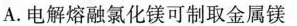
A.电解熔融氯化镁可制取金属镁